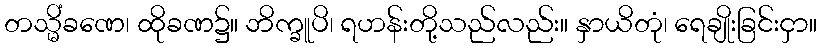
တသ္မိံခဏေ၊ ထိုခဏ၌။ ဘိက္ခူပိ၊ ရဟန်းတို့သည်လည်း။ နှာယိတုံ၊ ရေချိုးခြင်းငှာ။